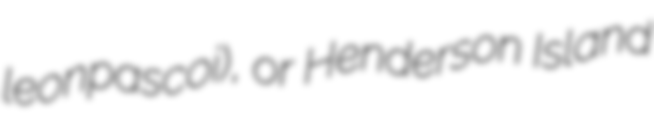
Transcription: leonpascoi), or Henderson Island